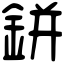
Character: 鉼